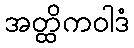
အတ္ထိကဝါဒံ